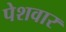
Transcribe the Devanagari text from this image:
पेशवार